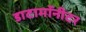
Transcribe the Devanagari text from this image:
डाटामॉनीटर